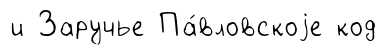
и Заручье Па́вловскоjе код